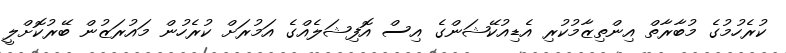
ކުރެހުމުގެ މުބާރާތް އިންތިޒާމުކުރި އެޑިއުކޭޝަންގެ އިސް އޮފިޝަލެއްގެ އަމުރަށް ކުރެހުން މައުރަޒުން ބޭރުކޮށްލީ